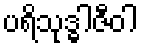
ပရိသုဒ္ဓါဇီဝါ